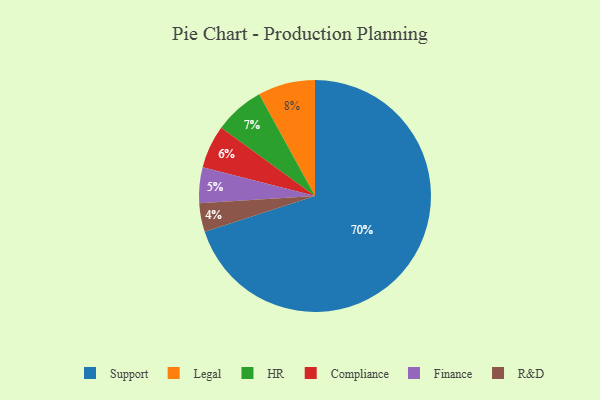
{"axis": {"x": "Category", "y": "Percentage"}, "legend": ["Compliance", "Finance", "HR", "Legal", "R&D", "Support"], "data": [{"x": "HR", "y": 7, "type": "HR"}, {"x": "Finance", "y": 5, "type": "Finance"}, {"x": "Legal", "y": 8, "type": "Legal"}, {"x": "R&D", "y": 4, "type": "R&D"}, {"x": "Support", "y": 70, "type": "Support"}, {"x": "Compliance", "y": 6, "type": "Compliance"}]}